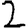
Digit: 2